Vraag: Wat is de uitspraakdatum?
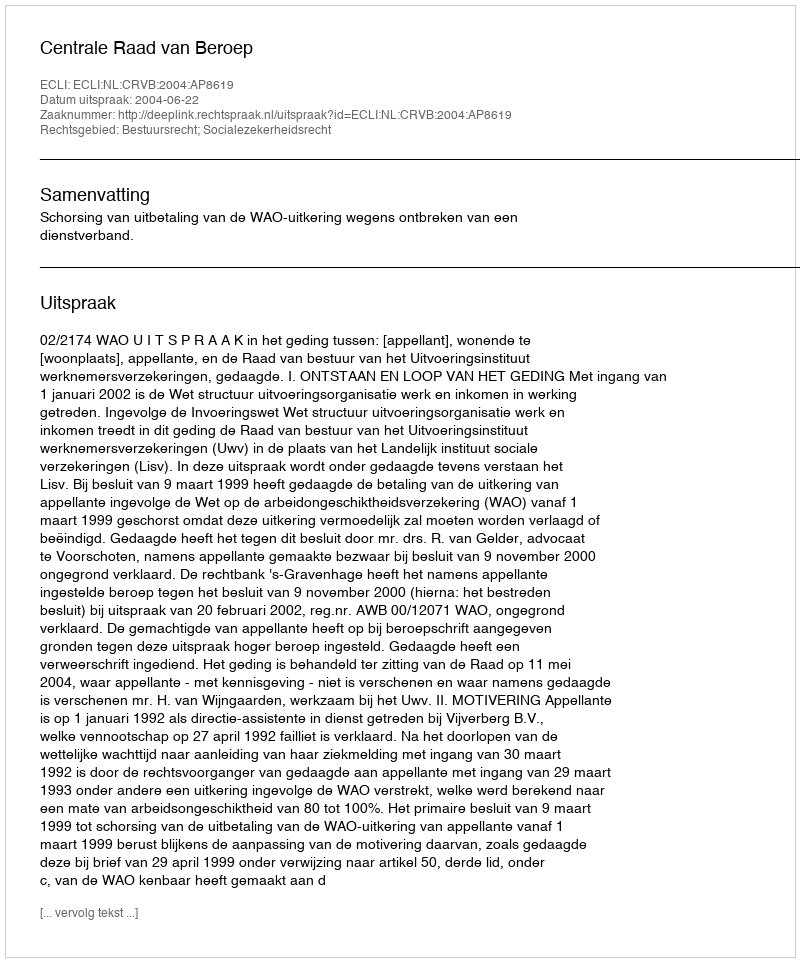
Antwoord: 2004-06-22